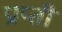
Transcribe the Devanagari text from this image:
प्राप्ती